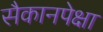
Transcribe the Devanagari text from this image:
सैकानपेक्षा